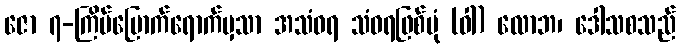
ဇော ၇-ကြိမ်မြောက်ရောက်မှသာ အသံဝရ သံဝရဖြစ်ပုံ (ဝါ) လောဘ၊ ဒေါသစသည်